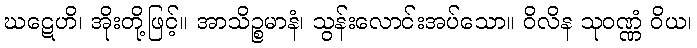
ဃဋေဟိ၊ အိုးတို့ဖြင့်။ အာသိဉ္စမာနံ၊ သွန်းလောင်းအပ်သော။ ဝိလိန သုဝဏ္ဏံ ဝိယ၊